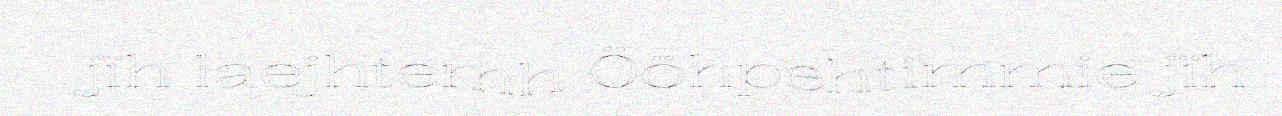
jïh laejhtemh Ööhpehtimmie jïh